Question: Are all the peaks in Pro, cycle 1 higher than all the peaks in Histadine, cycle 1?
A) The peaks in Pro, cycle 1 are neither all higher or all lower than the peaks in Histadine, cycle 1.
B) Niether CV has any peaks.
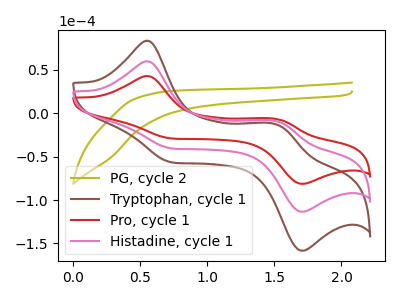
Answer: <think>The olive curve "PG, cycle 2" has no peaks. The brown curve "Tryptophan, cycle 1" has anodic peaks at (0.55V, 119.70uA) (1.50V, -18.40uA) and cathodic peaks at (0.75V, -81.55uA) (1.70V, -226.95uA). The red curve "Pro, cycle 1" has anodic peaks at (0.55V, 42.90uA) (1.50V, -6.60uA) and cathodic peaks at (0.75V, -29.20uA) (1.70V, -81.30uA). The pink curve "Histadine, cycle 1" has anodic peaks at (0.55V, 59.85uA) (1.50V, -9.20uA) and cathodic peaks at (0.75V, -40.75uA) (1.70V, -113.45uA).</think>
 <answer>A) The peaks in "Pro, cycle 1" are neither all higher or all lower than the peaks in "Histadine, cycle 1".</answer>
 <eval>A</eval>